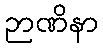
ဉာဏိနာ